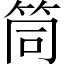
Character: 筒